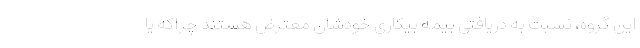
این گروه، نسبت به دریافتی بیمه بیکاری خودشان معترض هستند چراکه یا